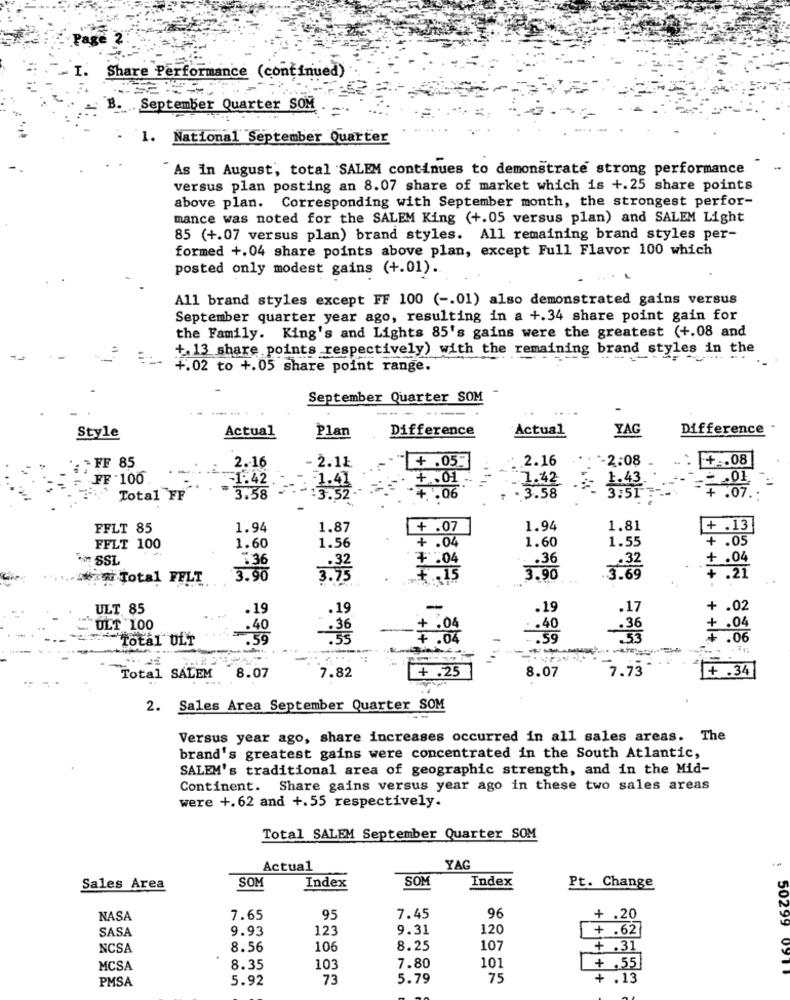
Share Performance (continued)
B. September Quarter SOM
1. National September Quarter
As in August, total SALEM continues to demonstrate strong performance
versus plan posting an 8.07 share of market which is +.25 share points
above plan. Corresponding with September month, the strongest perfor-
mance was noted for the SALEM King (+.05 versus plan) and SALEM Light
85 (+.07 versus plan) brand styles. All remaining brand styles per-
formed +.04 share points above plan, except Full Flavor 100 which
posted only modest gains (+.01).
All brand styles except FF 100 ( -. 01) also demonstrated gains versus
September quarter year ago, resulting in a +.34 share point gain for
the Family. King's and Lights 85's gains were the greatest (+.08 and
+13 share points respectively) with the remaining brand styles in the
+.02 to +.05 Share point range.
September Quarter SOM
-----
Style
Actual
Plan
Difference
Actual
YAG
Difference
.:. 2.16
-2:08
+ .. 08
FF 85
2.16
- 2.1Ł
+ .05.
FF - 100
=1.42
+.01
=1.42
1.41
Total FF
3.58
:3:32 .
4 .06
.3.58
FFLT 85
1.94
1.87
+ .07
1.94
1.81
1.56
1.60
1.55
.13
FFLT 100
1.60
+.04
SSL
: 36
₹ .04
. . 36
+.04
Sexy Total FELT
3.90
3.93
7.15
3.90
3.32
+ + + +
ULT 85
.19
-
.19
+ .02
. 17
ULT 100
.40
+ .04
.40
Total ULT
.59
7 . 04
.59
+ .04
7.82
+ .25
7.73
Total SALEM
8.07
8.07
+ .34
2. Sales Area September Quarter SOM
Versus year ago, share increases occurred in all sales areas. The
brand's greatest gains were concentrated in the South Atlantic,
SALEM's traditional area of geographic strength, and in the Mid-
Continent. Share gains versus year ago in these two sales areas
were +.62 and +.55 respectively.
Total SALEM September Quarter SOM
Actual
YAG
Index
SOM
Index
Sales Area
SOM
Pt. Change
NASA
7.65
95
7.45
96
+ .20
SASA
9.93
123
9.31
120
+ .62
NCSA
8.56
106
8.25
107
+ .31
103
MCSA
8.35
7.80
101
+ .55
50299 0911
PMSA
5.92
73
5.79
75
+ .13